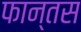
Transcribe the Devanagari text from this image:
फान्तस